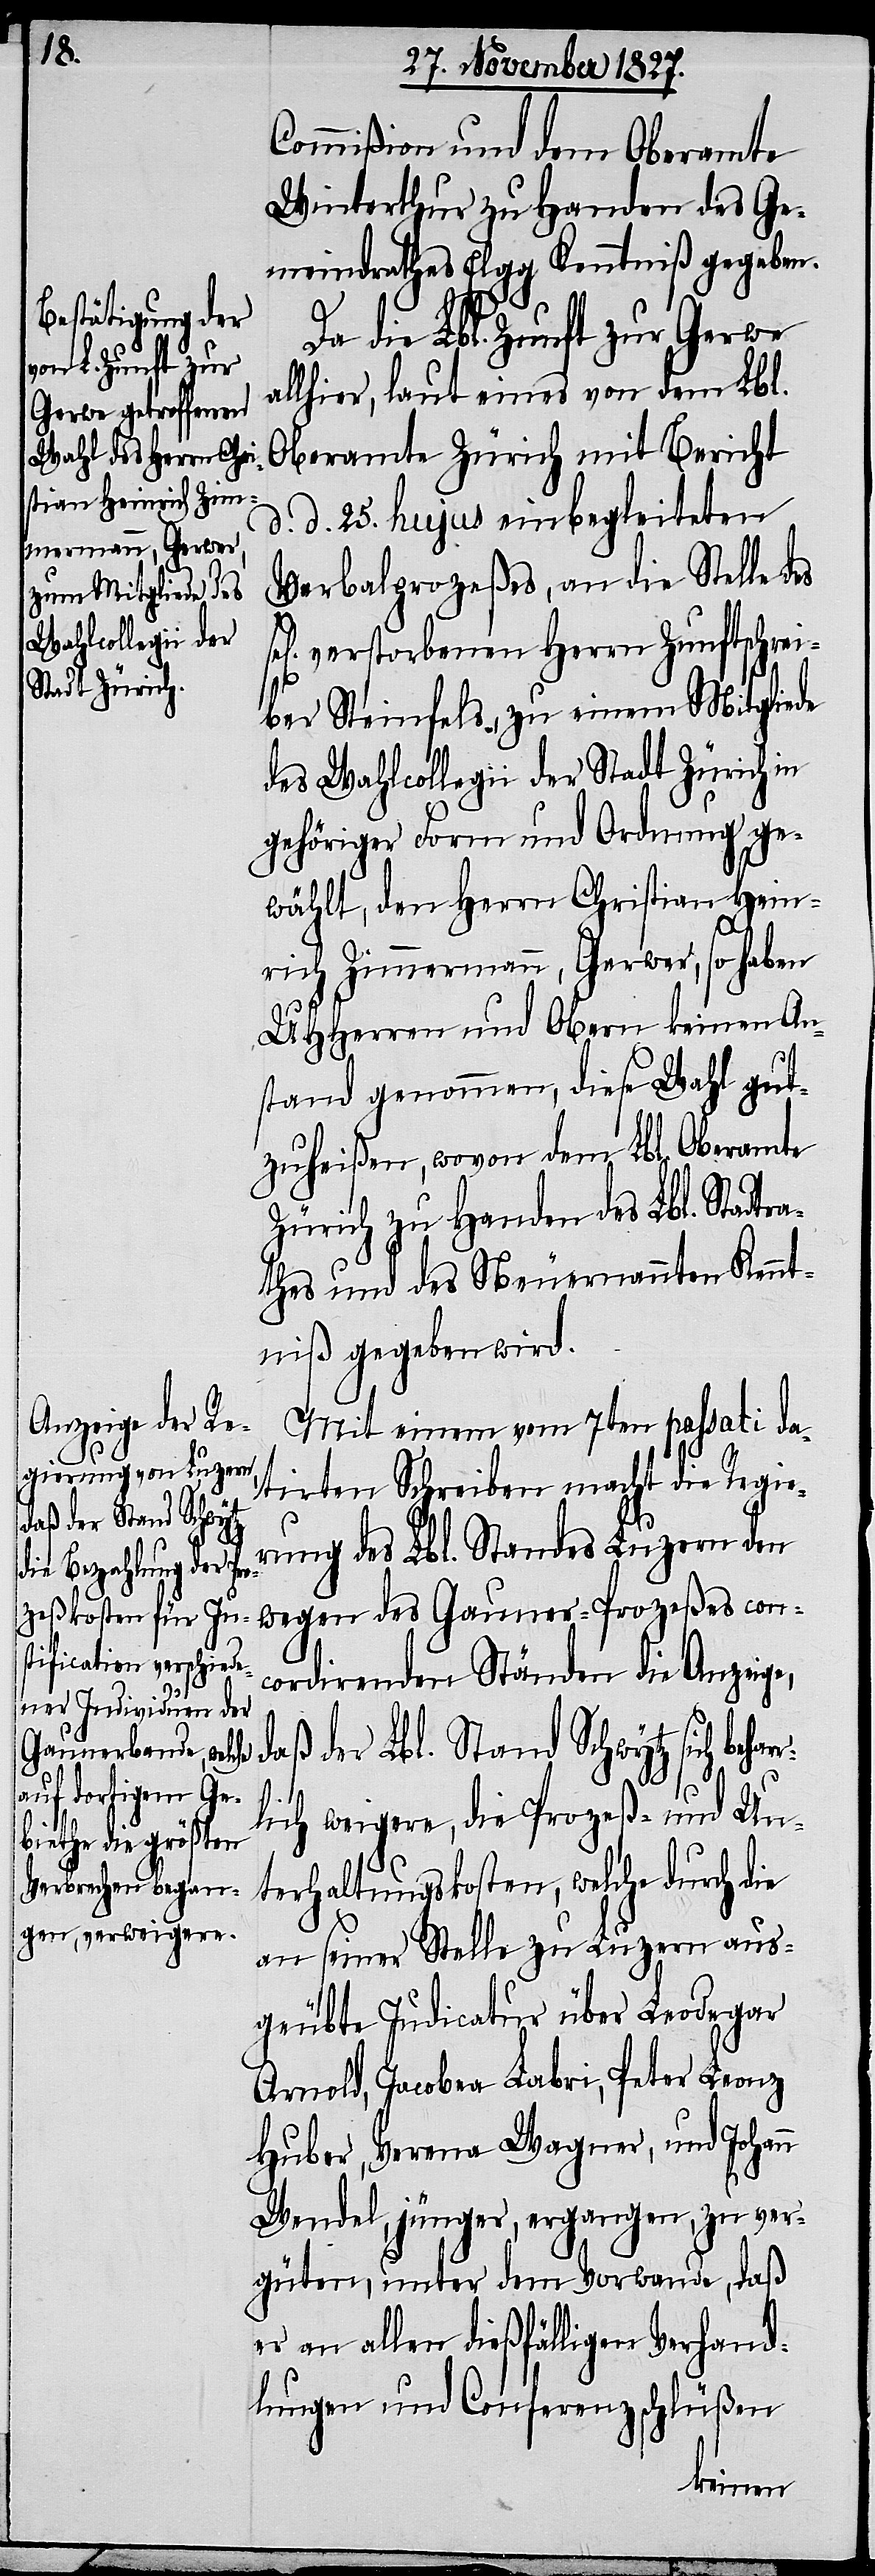
d¬

Commißion und dem Oberamte
Winterthur zu Handen des Ge¬
meindrathes Elgg Kenntniß gegeben.
Da die Lbl. Zunft zur Gerwe
allhier, laut eines von dem Lbl.
Oberamte Zürich mit Bericht
d. d. 25. hujus einbegleiteten
Verbalprozeßes, an die Stelle des
verstorbenen Herrn Zunftschrei¬
bers Steinfels, zu einem Mitgliede
des Wahlcollegii der Stadt Zürich in
gehöriger Form und Ordnung ge¬
wählt, den Herrn Christian Hein¬
rich Zimmermann, Gerwer, so haben
UHHerren und Obern keinen An¬
stand genommen, diese Wahl gut¬
zuheißen, wovon dem Lbl. Oberamte
Zürich zu Handen des Lbl. Stadtr¬
athes und des Neuernannten Kennt¬
niß gegeben wird.
Mit einem vom 7ten passati da¬
tirten Schreiben macht die Regie¬
rung des Lbl. Standes Luzern den
wegen des Gauner-Prozeßes con¬
cordirenden Ständen die Anzeige,
aß der Lbl. Stand Schwytz sich beh¬
arr¬
lich weigere, die Prozeß- und Un¬
terhaltungskosten, welche durch die
an seiner Stelle zu Luzern aus¬
geübte Judicatur über Leodegar
Arnold, Jacobea Labri, Peter Leonz
Huber, Verena Wagner, und Johann
Wendel, jünger, ergangen, zu ver¬
güten, unter dem Vorwande, daß
er an allen dießfälligen Verhand¬
lungen und Conferenzbeschlüßen